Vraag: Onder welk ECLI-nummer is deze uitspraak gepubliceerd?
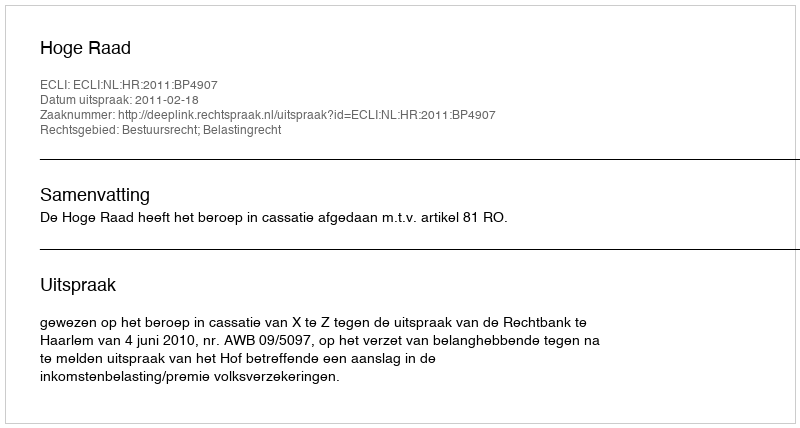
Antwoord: ECLI:NL:HR:2011:BP4907